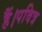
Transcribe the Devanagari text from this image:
हैं।पवित्र